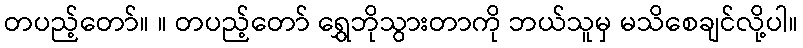
တပည့်တော်။ ။ တပည့်တော် ရွှေဘိုသွားတာကို ဘယ်သူမှ မသိစေချင်လို့ပါ။